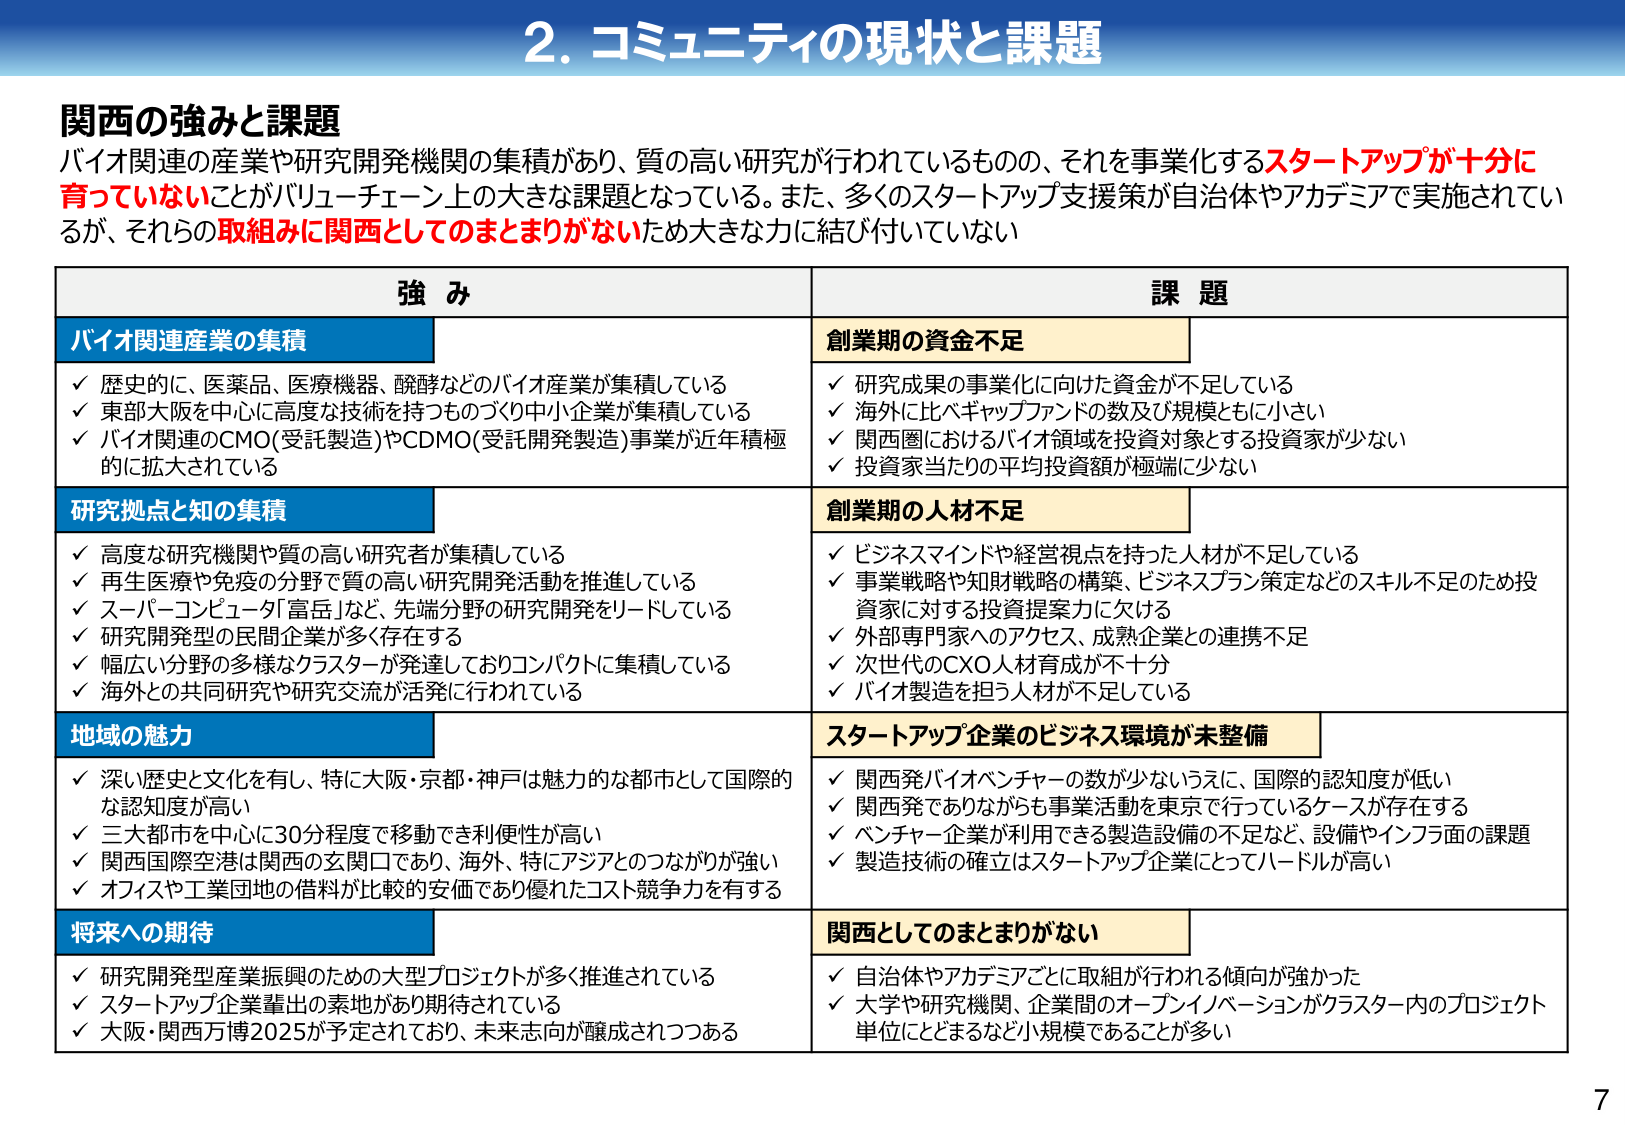
2. コミュニティの現状と課題

関西の強みと課題
バイオ関連の産業や研究開発機関の集積があり、質の高い研究が行われているものの、それを事業化するスタートアップが十分に育っていないことがバリューチェーン上の大きな課題となっている。また、多くのスタートアップ支援策が自治体やアカデミアで実施されているが、それらの取組みに関西としてのまとまりがないため大きな力に結び付いていない

強み 課題

バイオ関連産業の集積 創業期の資金不足
✓ 歴史的に、医薬品、医療機器、醗酵などのバイオ産業が集積している
✓ 東部大阪を中心に高度な技術を持つものづくり中小企業が集積している
✓ バイオ関連のCMO(受託製造)やCDMO(受託開発製造)事業が近年積極的に拡大されている
✓ 研究成果の事業化に向けた資金が不足している
✓ 海外に比べギャップファンドの数及び規模ともに小さい
✓ 関西圏におけるバイオ領域を投資対象とする投資家が少ない
✓ 投資家当たりの平均投資額が極端に少ない

研究拠点と知の集積 創業期の人材不足
✓ 高度な研究機関や質の高い研究者が集積している
✓ 再生医療や免疫の分野で質の高い研究開発活動を推進している
✓ スーパーコンピュータ「富岳」など、先端分野の研究開発をリードしている
✓ 研究開発型の民間企業が多く存在する
✓ 幅広い分野の多様なクラスターが発達しておりコンパクトに集積している
✓ 海外との共同研究や研究交流が活発に行われている
✓ ビジネスマインドや経営視点を持った人材が不足している
✓ 事業戦略や知財戦略の構築、ビジネスプラン策定などのスキル不足のため投資家に対する投資提案力に欠ける
✓ 外部専門家へのアクセス、成熟企業との連携不足
✓ 次世代のCXO人材育成が不十分
✓ バイオ製造を担う人材が不足している

地域の魅力 スタートアップ企業のビジネス環境が未整備
✓ 深い歴史と文化を有し、特に大阪・京都・神戸は魅力的な都市として国際的な認知度が高い
✓ 三大都市を中心に30分程度で移動でき利便性が高い
✓ 関西国際空港は関西の玄関口であり、海外、特にアジアとのつながりが強い
✓ オフィスや工業団地の借料が比較的安価であり優れたコスト競争力を有する
✓ 関西発バイオベンチャーの数が少ないうえに、国際的認知度が低い
✓ 関西発でありながらも事業活動を東京で行っているケースが存在する
✓ ベンチャー企業が利用できる製造設備の不足など、設備やインフラ面の課題
✓ 製造技術の確立はスタートアップ企業にとってハードルが高い

将来への期待 関西としてのまとまりがない
✓ 研究開発型産業振興のための大型プロジェクトが多く推進されている
✓ スタートアップ企業輩出の素地があり期待されている
✓ 大阪・関西万博2025が予定されており、未来志向が醸成されつつある
✓ 自治体やアカデミアごとに取組が行われる傾向が強かった
✓ 大学や研究機関、企業間のオープンイノベーションがクラスター内のプロジェクト単位にとどまるなど小規模であることが多い

7